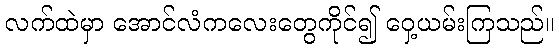
လက်ထဲမှာ အောင်လံကလေးတွေကိုင်၍ ဝှေ့ယမ်းကြသည်။